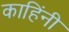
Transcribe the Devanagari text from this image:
काहिंनी